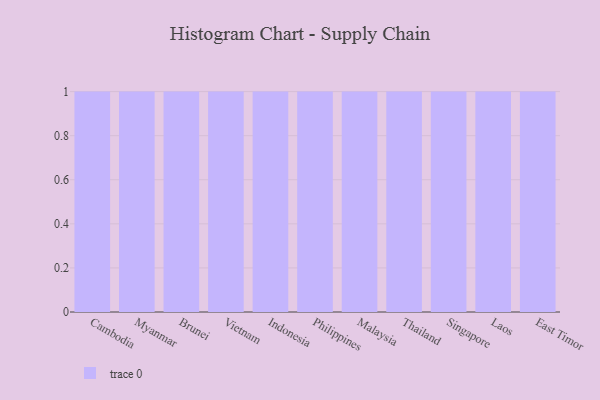
{"axis": {"x": "Country", "y": "Humidity (%)"}, "legend": [""], "data": [{"x": "Cambodia", "y": 13, "type": ""}, {"x": "Myanmar", "y": 50, "type": ""}, {"x": "Brunei", "y": 23, "type": ""}, {"x": "Vietnam", "y": 2, "type": ""}, {"x": "Indonesia", "y": 80, "type": ""}, {"x": "Philippines", "y": 25, "type": ""}, {"x": "Malaysia", "y": 40, "type": ""}, {"x": "Thailand", "y": 94, "type": ""}, {"x": "Singapore", "y": 33, "type": ""}, {"x": "Laos", "y": 12, "type": ""}, {"x": "East Timor", "y": 12, "type": ""}]}